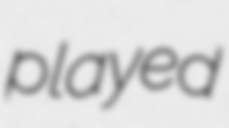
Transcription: played